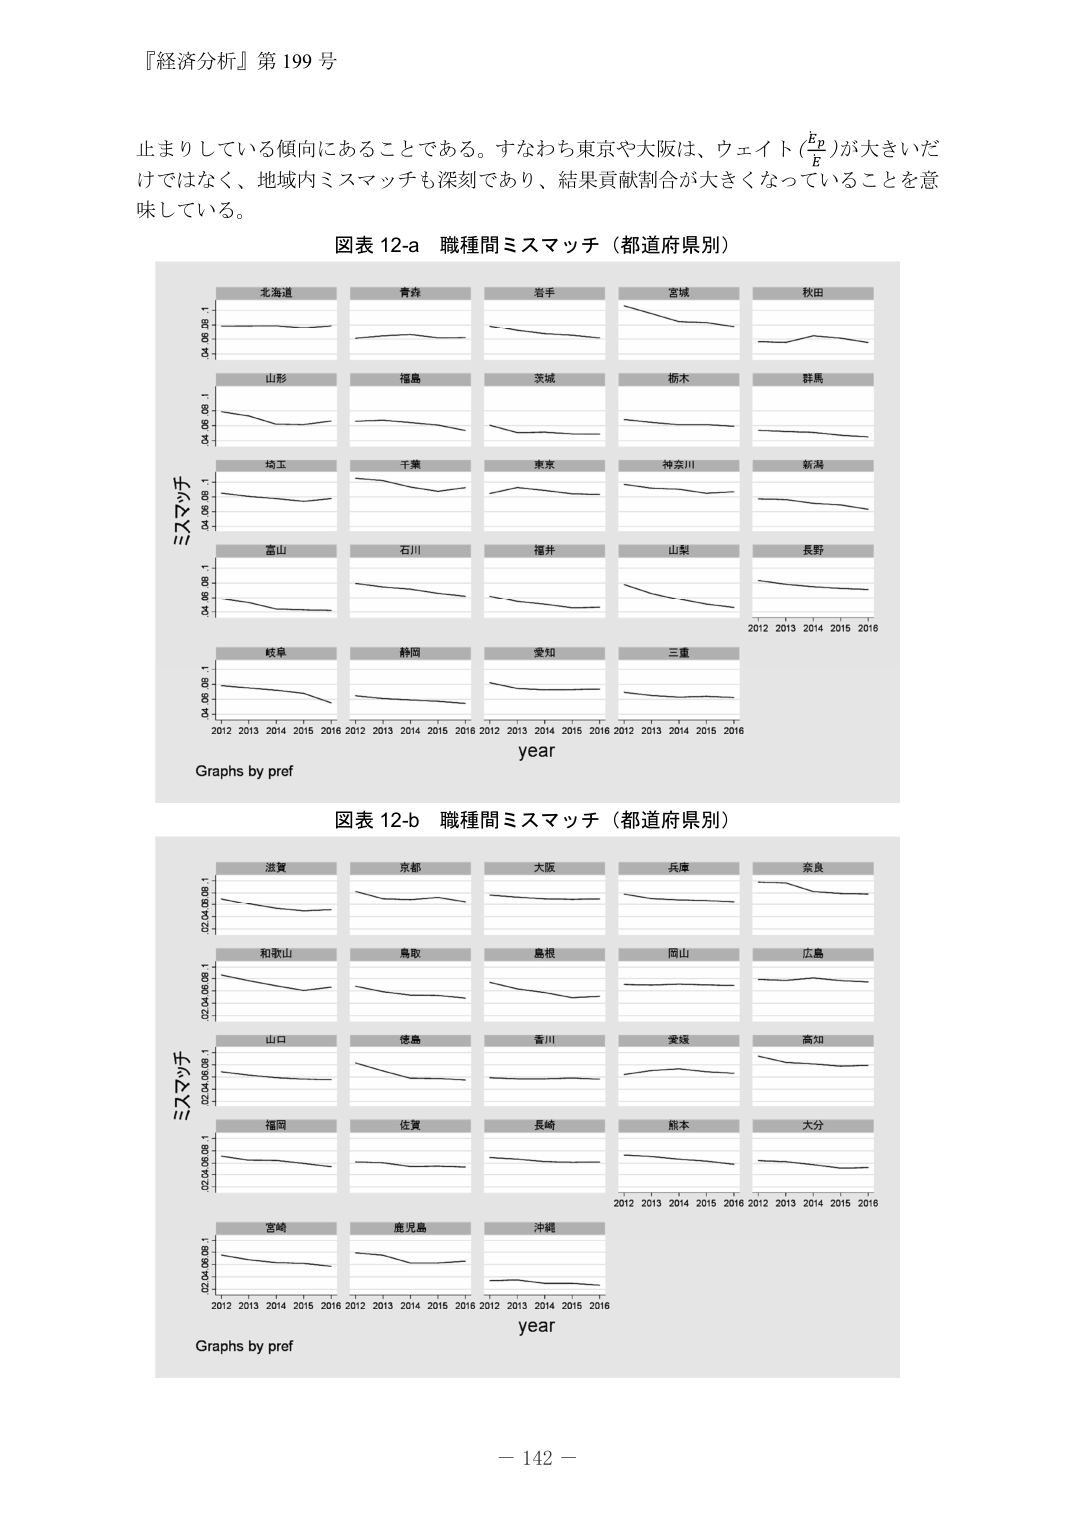
『経済分析』第 199 号

止まりしている傾向にあることである。すなわち東京や大阪は、ウェイト（E_R/E）が大きいただけではなく、地域内ミスマッチも深刻であり、結果貢献割合が大きくなっていることを意味している。

図表 12-a 職種間ミスマッチ（都道府県別）

北海道
青森
岩手
宮城
秋田
山形
福島
茨城
栃木
群馬
埼玉
千葉
東京
神奈川
新潟
富山
石川
福井
山梨
長野
岐阜
静岡
愛知
三重

ミスマッチ
0.4 0.6 0.8 1
year
2012 2013 2014 2015 2016
Graphs by pref

図表 12-b 職種間ミスマッチ（都道府県別）

滋賀
京都
大阪
兵庫
奈良
和歌山
鳥取
島根
岡山
広島
山口
徳島
香川
愛媛
高知
福岡
佐賀
長崎
熊本
大分
宮崎
鹿児島
沖縄

ミスマッチ
0.2 0.4 0.6 0.8 1
year
2012 2013 2014 2015 2016
Graphs by pref

－ 142 －